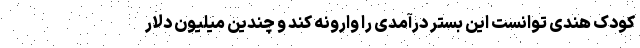
کودک هندی توانست این بستر درآمدی را وارونه کند و چندین میلیون دلار